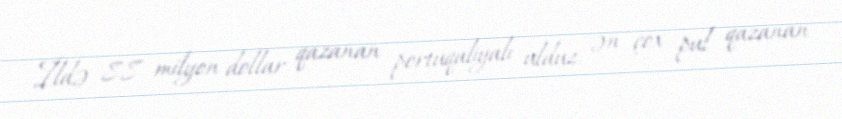
İldə 88 milyon dollar qazanan portuqaliyalı ulduz, ən çox pul qazanan